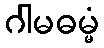
ဂါမဓမ္မံ